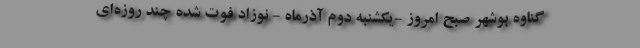
گناوه بوشهر صبح امروز -یکشنبه دوم آذرماه - نوزاد فوت شده چند روزه‌ای